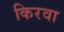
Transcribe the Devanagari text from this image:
किरवा